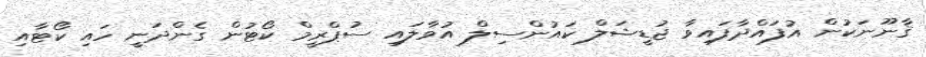
ޤާނޫނަކުން އުފައްދާފައިވާ ޖުޑީޝަލް ކައުންސިލް އުވާލައި ސުޕްރީމް ކޯޓުން ގެންދަނީ ހައި ކޯޓާއި